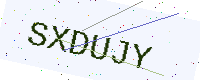
Text: SXDUJY